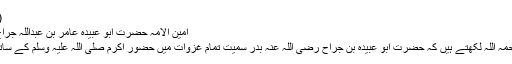
(صفوۃ الصفوۃ )
امین الامہ حضرت ابو عبیدہ عامر بن عبداللہ جراح رضی اللہ عنہ​
زبیر بن بکار رحمہ اللہ لکھتے ہیں کہ حضرت ابو عبیدہ بن جراح رضی اللہ عنہ بدر سمیت تمام غزوات میں حضور اکرم صلی اللہ علیہ وسلم کے ساتھ شریک رہے ۔